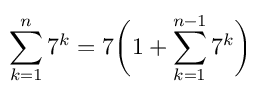
\sum _ { k = 1 } ^ { n } 7 ^ { k } = 7 { \bigg ( } 1 + \sum _ { k = 1 } ^ { n - 1 } 7 ^ { k } { \bigg ) }